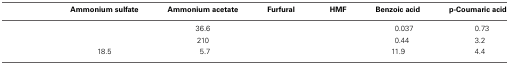
<table><thead><tr><td>[EMPTY_CELL]</td><td><b>Ammonium sulfate</b></td><td><b>Ammonium acetate</b></td><td><b>Furfural</b></td><td><b>HMF</b></td><td><b>Benzoic acid</b></td><td><b>p-Coumaric acid</b></td></tr></thead><tbody><tr><td>[EMPTY_CELL]</td><td>[EMPTY_CELL]</td><td>36.6</td><td>[EMPTY_CELL]</td><td>[EMPTY_CELL]</td><td>0.037</td><td>0.73</td></tr><tr><td>[EMPTY_CELL]</td><td>[EMPTY_CELL]</td><td>210</td><td>[EMPTY_CELL]</td><td>[EMPTY_CELL]</td><td>0.44</td><td>3.2</td></tr><tr><td>[EMPTY_CELL]</td><td>18.5</td><td>5.7</td><td>[EMPTY_CELL]</td><td>[EMPTY_CELL]</td><td>11.9</td><td>4.4</td></tr></tbody></table>